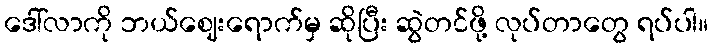
ဒေါ်လာကို ဘယ်ဈေးရောက်မှ ဆိုပြီး ဆွဲတင်ဖို့ လုပ်တာတွေ ရပ်ပါ။